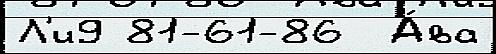
Л'и9 81-61-86  А́ва